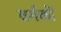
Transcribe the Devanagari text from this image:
वर्गकों